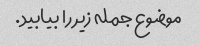
موضوع جمله زیر را بیابید.